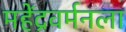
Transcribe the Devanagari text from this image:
महेंद्रवर्मनला